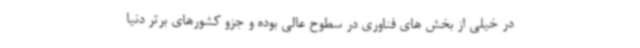
در خیلی از بخش های فناوری در سطوح عالی بوده و جزو کشورهای برتر دنیا